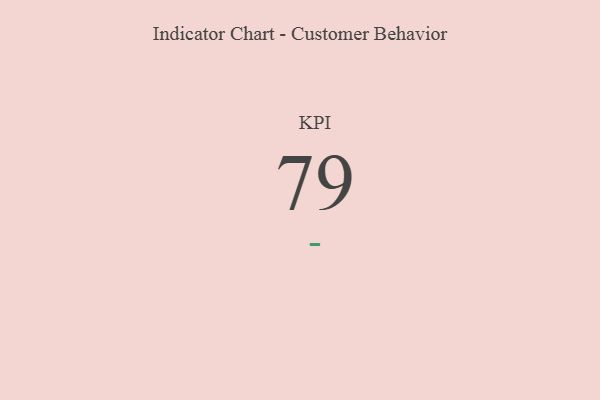
{"axis": {"x": "KPI", "y": "Value"}, "legend": [""], "data": [{"x": "KPI", "y": 79, "type": ""}]}